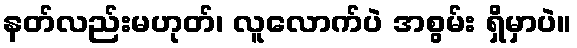
နတ်လည်းမဟုတ်၊ လူလောက်ပဲ အစွမ်း ရှိမှာပဲ။